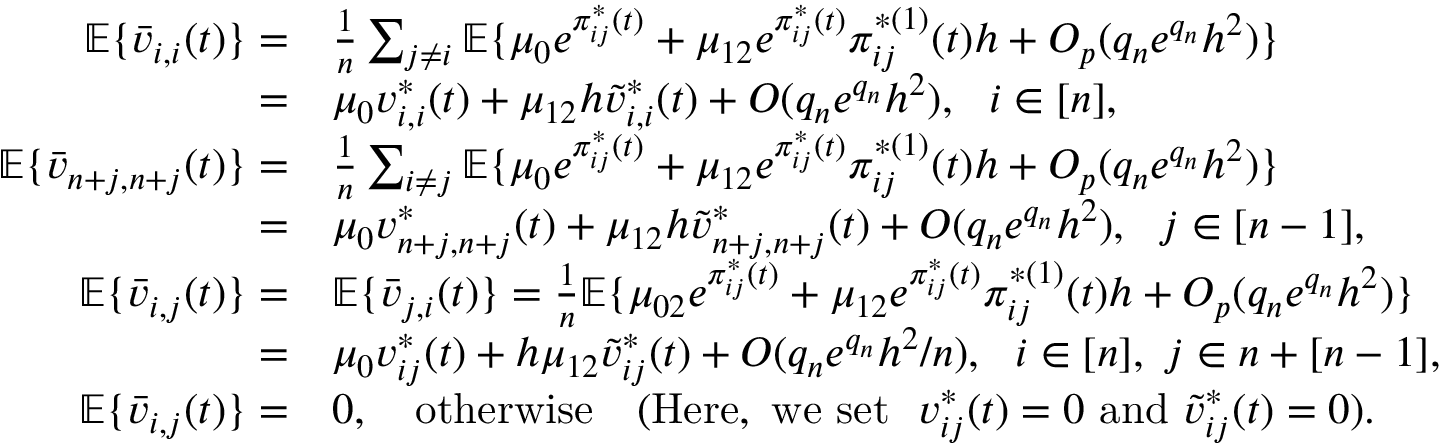
\begin{array} { r l } { \mathbb { E } \{ \bar { v } _ { i , i } ( t ) \} = } & { \frac { 1 } { n } \sum _ { j \neq i } \mathbb { E } \{ \mu _ { 0 } e ^ { \pi _ { i j } ^ { * } ( t ) } + \mu _ { 1 2 } e ^ { \pi _ { i j } ^ { * } ( t ) } \pi _ { i j } ^ { * ( 1 ) } ( t ) h + O _ { p } ( q _ { n } e ^ { q _ { n } } h ^ { 2 } ) \} } \\ { = } & { \mu _ { 0 } v _ { i , i } ^ { * } ( t ) + \mu _ { 1 2 } h \widetilde v _ { i , i } ^ { * } ( t ) + O ( q _ { n } e ^ { q _ { n } } h ^ { 2 } ) , ~ ~ i \in [ n ] , } \\ { \mathbb { E } \{ \bar { v } _ { n + j , n + j } ( t ) \} = } & { \frac { 1 } { n } \sum _ { i \neq j } \mathbb { E } \{ \mu _ { 0 } e ^ { \pi _ { i j } ^ { * } ( t ) } + \mu _ { 1 2 } e ^ { \pi _ { i j } ^ { * } ( t ) } \pi _ { i j } ^ { * ( 1 ) } ( t ) h + O _ { p } ( q _ { n } e ^ { q _ { n } } h ^ { 2 } ) \} } \\ { = } & { \mu _ { 0 } v _ { n + j , n + j } ^ { * } ( t ) + \mu _ { 1 2 } h \widetilde v _ { n + j , n + j } ^ { * } ( t ) + O ( q _ { n } e ^ { q _ { n } } h ^ { 2 } ) , ~ ~ j \in [ n - 1 ] , } \\ { \mathbb { E } \{ \bar { v } _ { i , j } ( t ) \} = } & { \mathbb { E } \{ \bar { v } _ { j , i } ( t ) \} = \frac { 1 } { n } \mathbb { E } \{ \mu _ { 0 2 } e ^ { \pi _ { i j } ^ { * } ( t ) } + \mu _ { 1 2 } e ^ { \pi _ { i j } ^ { * } ( t ) } \pi _ { i j } ^ { * ( 1 ) } ( t ) h + O _ { p } ( q _ { n } e ^ { q _ { n } } h ^ { 2 } ) \} } \\ { = } & { \mu _ { 0 } v _ { i j } ^ { * } ( t ) + h \mu _ { 1 2 } \widetilde v _ { i j } ^ { * } ( t ) + O ( q _ { n } e ^ { q _ { n } } h ^ { 2 } / n ) , ~ ~ i \in [ n ] , ~ j \in n + [ n - 1 ] , } \\ { \mathbb { E } \{ \bar { v } _ { i , j } ( t ) \} = } & { 0 , ~ ~ ~ \mathrm { o t h e r w i s e } ~ ~ ~ ( \mathrm { H e r e , ~ w e ~ s e t } ~ ~ v _ { i j } ^ { * } ( t ) = 0 ~ \mathrm { a n d } ~ \widetilde v _ { i j } ^ { * } ( t ) = 0 ) . } \end{array}